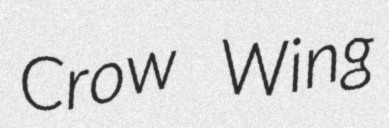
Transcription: Crow Wing